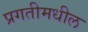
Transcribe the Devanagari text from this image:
प्रगतीमधील